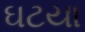
ઘટયા